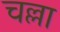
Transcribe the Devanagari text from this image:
चल्ला